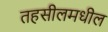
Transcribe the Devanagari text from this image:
तहसीलमधील